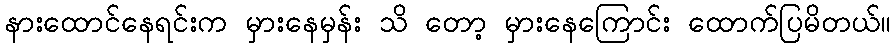
နားထောင်နေရင်းက မှားနေမှန်း သိ တော့ မှားနေကြောင်း ထောက်ပြမိတယ်။